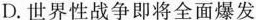
D.世界性战争即将全面爆发